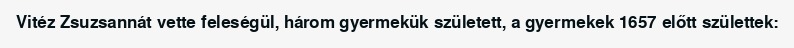
Vitéz Zsuzsannát vette feleségül, három gyermekük született, a gyermekek 1657 előtt születtek: